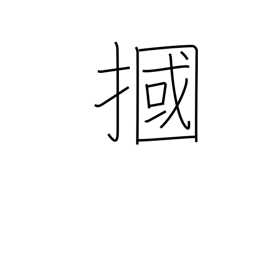
Meaning: box one's ears